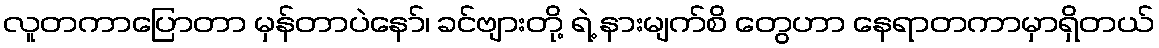
လူတကာပြောတာ မှန်တာပဲနော်၊ ခင်ဗျားတို့ ရဲ့ နားမျက်စိ တွေဟာ နေရာတကာမှာရှိတယ်